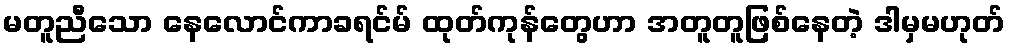
မတူညီသော နေလောင်ကာခရင်မ် ထုတ်ကုန်တွေဟာ အတူတူဖြစ်နေတဲ့ ဒါမှမဟုတ်